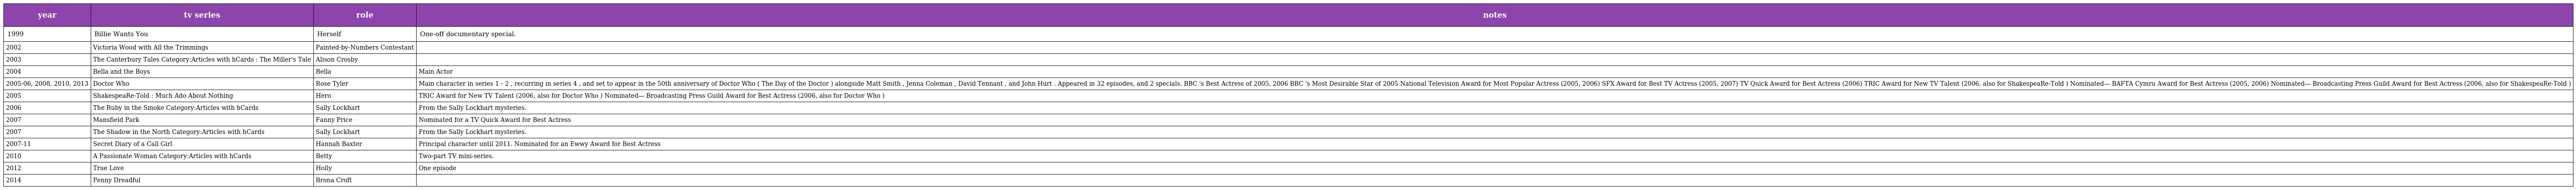
| year | tv series | role | notes |
 | --- | --- | --- | --- |
 | 1999 | Billie Wants You | Herself | One-off documentary special. |
 | 2002 | Victoria Wood with All the Trimmings | Painted-by-Numbers Contestant |  |
 | 2003 | The Canterbury Tales Category:Articles with hCards : The Miller's Tale | Alison Crosby |  |
 | 2004 | Bella and the Boys | Bella | Main Actor |
 | 2005-06, 2008, 2010, 2013 | Doctor Who | Rose Tyler | Main character in series 1 - 2 , recurring in series 4 , and set to appear in the 50th anniversary of Doctor Who ( The Day of the Doctor ) alongside Matt Smith , Jenna Coleman , David Tennant , and John Hurt . Appeared in 32 episodes, and 2 specials. BBC 's Best Actress of 2005, 2006 BBC 's Most Desirable Star of 2005 National Television Award for Most Popular Actress (2005, 2006) SFX Award for Best TV Actress (2005, 2007) TV Quick Award for Best Actress (2006) TRIC Award for New TV Talent (2006, also for ShakespeaRe-Told ) Nominated— BAFTA Cymru Award for Best Actress (2005, 2006) Nominated— Broadcasting Press Guild Award for Best Actress (2006, also for ShakespeaRe-Told ) |
 | 2005 | ShakespeaRe-Told : Much Ado About Nothing | Hero | TRIC Award for New TV Talent (2006, also for Doctor Who ) Nominated— Broadcasting Press Guild Award for Best Actress (2006, also for Doctor Who ) |
 | 2006 | The Ruby in the Smoke Category:Articles with hCards | Sally Lockhart | From the Sally Lockhart mysteries. |
 | 2007 | Mansfield Park | Fanny Price | Nominated for a TV Quick Award for Best Actress |
 | 2007 | The Shadow in the North Category:Articles with hCards | Sally Lockhart | From the Sally Lockhart mysteries. |
 | 2007-11 | Secret Diary of a Call Girl | Hannah Baxter | Principal character until 2011. Nominated for an Ewwy Award for Best Actress |
 | 2010 | A Passionate Woman Category:Articles with hCards | Betty | Two-part TV mini-series. |
 | 2012 | True Love | Holly | One episode |
 | 2014 | Penny Dreadful | Brona Croft |  |